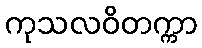
ကုသလဝိတက္ကာ